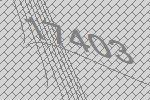
17403